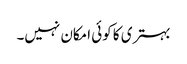
بہتری کا کوئی امکان نہیں۔